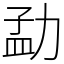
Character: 勐